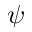
\psi